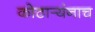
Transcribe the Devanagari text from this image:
कोठार्‍यंनाच